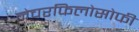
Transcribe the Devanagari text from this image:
नेचरफिलोसोफी